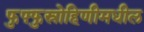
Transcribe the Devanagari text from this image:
फुफ्फुस्रोहिणीमधील